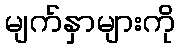
မျက်နှာများကို